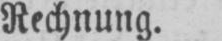
Rechnung.